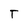
Character: T